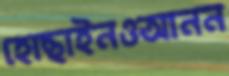
হোছাইনওআনন